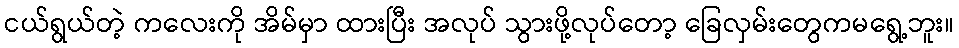
ငယ်ရွယ်တဲ့ ကလေးကို အိမ်မှာ ထားပြီး အလုပ် သွားဖို့လုပ်တော့ ခြေလှမ်းတွေကမရွေ့ဘူး။